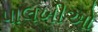
પાલખીઓ